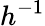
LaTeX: h^{-1}